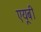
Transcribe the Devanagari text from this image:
एयूबी